Lunatic asylums Punjab 1895-1910 - 1895-1910
Year: 1895
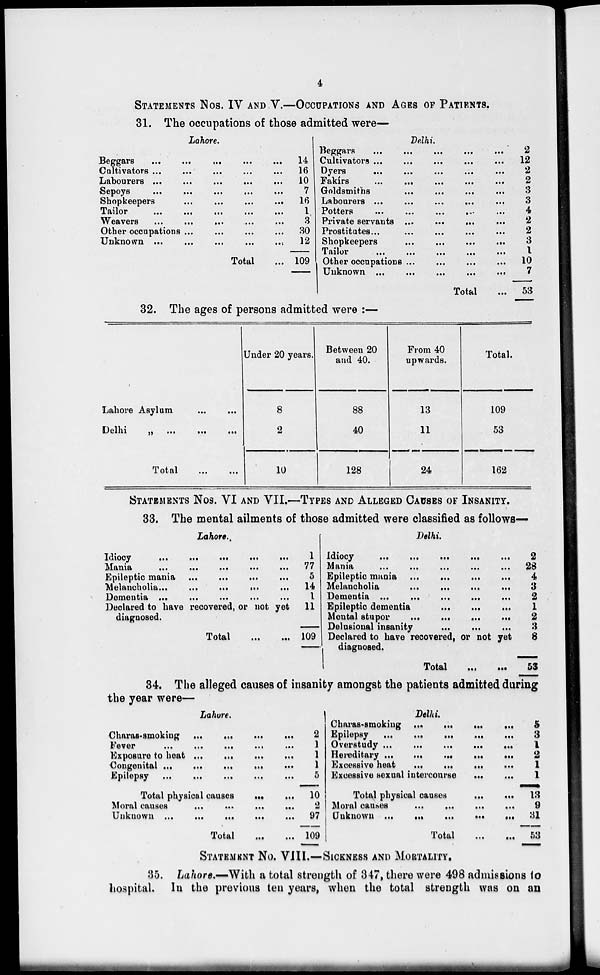
4
STATEMENTS NOS. IV AND V.—OCCUPATIONS AND AGES OF PATIENTS.
31. The occupations of those admitted were—
Lahore.
Beggars ... ... ... ... ...
Cultivators
.... ... ... ... ... ...
Labourers ...
...
...
...
...
Sepoys
...
...
...
...
...
Shopkeepers
...
...
...
... ...
Tailor
...
...
...
...
...
Weavers
...
...
...
...
...
Other occupations ... ... ... ... ... ...
Unknown ...
...
...
...
....
Total ...
14
16
10
7
16
1
3
30
12
109
Delhi.
Beggars
...
...
...
...
...
Cultivators ... ... ... ... ...
Dyers
...
...
...
...
...
Fakírs
...
...
...
...
...
Goldsmiths
...
...
...
...
Labourers ...
...
...
...
...
Potters
...
...
...
...
...
Private servants ... ... ... ... ...
Prostitutes ... ... ... ... ...
Shopkeepers
...
...
...
...
Tailor
...
...
...
...
...
Other occupations ... ... ... ... ...
Unknown ...
...
...
...
...
Total ...
2
12
2
2
3
3
4
2
2
3
1
10
7
53
32. The ages of persons admitted were :—
Lahore Asylum
...
...
Delhi
„
...
...
...
Total ... ...
Under 20 years.
8
2
10
Between 20
and 40.
88
40
128
From 40
upwards.
13
11
24
Total.
109
53
162
STATEMENTS NOS. VI AND VII.—TYPES AND ALLEGED CAUSES OF INSANITY
33. The mental ailments of those admitted were classified as follows—
Lahore.,
Idiocy
...
...
...
...
...
Mania
...
...
...
...
...
Epileptic mania ... ... ... ... ...
Melancholia...
...
...
...
...
Dementia ...
...
...
...
...
Declared to have recovered, or not yet
diagnosed.
Total
...
...
1
77
5
14
1
11
109
Delhi.
Idiocy
...
...
...
...
...
Mania
...
...
...
...
...
Epileptic mania
...
...
...
...
...
Melancholia
...
...
...
...
...
Dementia ...
...
...
...
...
Epileptic dementia
...
...
...
...
...
Mental stupor
...
...
...
...
...
Delusional insanity
...
...
...
...
...
Declared to have recovered, or not yet
diagnosed.
Total
... ...
2
28
4
3
2
1
2
3
8
53
34. The alleged causes of insanity amongst the patients admitted during
the year were—
Lahore.
Charas-smoking
...
...
...
...
...
Fever
...
...
...
...
...
Exposure to heat ... ... ... ... ...
Congenital ...
...
...
...
...
Epilepsy
...
...
...
...
...
Total physical causes
...
...
Moral causes
...
...
...
...
Unknown
...
...
...
...
...
Total
...
...
2
1
1
1
5
10
2
97
109
Delhi.
Charas-smoking
...
...
...
...
...
Epilepsy
...
...
...
...
...
Overstudy
...
...
...
...
...
Hereditary ...
...
...
...
...
Excessive heat
...
...
...
...
Excessive sexual intercourse
... ...
Total physical causes
...
...
Moral causes
...
...
...
...
Unknown
...
...
...
...
...
Total
...
...
5
3
1
2
1
1
13
9
31
53
STATEMENT NO. VIII.—SICKNESS AND MORTALITY.
35. Lahore.—With a total strength of 347, there were 498 admissions to
hospital. In the previous ten years, when the total strength was on an